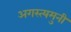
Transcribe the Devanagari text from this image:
अगस्त्यमुनी